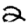
Digit: 2